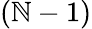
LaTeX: (\mathbb{N}-1)